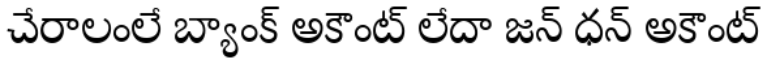
చేరాలంలే బ్యాంక్ అకౌంట్ లేదా జన్ ధన్ అకౌంట్